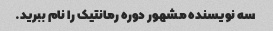
سه نویسنده مشهور دوره رمانتیک را نام ببرید.